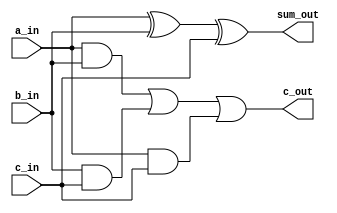
//-----------------------------------------------------------
// Creator : Terry Ye
// Function: one bit full adder
// Update  :
// Coryright: www.SUSTec.com
//-----------------------------------------------------------

module full_adder (       
  // module head: verillog-2001 format
  input  wire a_in,
  input  wire b_in,
  input  wire c_in,     // carry in
  output wire sum_out,
  output wire c_out     // carry out
);

  // method 1 Gate Level describe
  assign sum_out = a_in ^ b_in ^ c_in;
  assign c_out   = (a_in & b_in) | (b_in & c_in) | (a_in & c_in);

  // method 2 RTL design for Adder with the keyword "assign"
  // behavior of the adder can be synthesizable
  // "assign" means connectivity, which is used to describe a combinational circuit
  //assign {c_out, sum_out} = a_in + b_in + c_in;

  // method 3 RTL design for Adder with the keyword "always"
  //reg sum_out, c_out;
  //always @ (a_in, b_in, c_in) begin
  //  {c_out, sum_out} = a_in + b_in + c_in;
  //end

endmodule